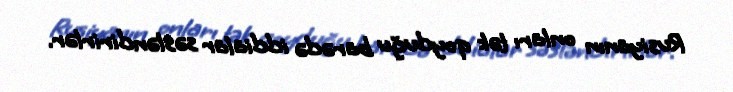
Rusiyanın onları tək qoyduğu barədə iddialar səsləndirirlər.